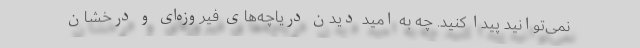
نمی‌توانید پیدا کنید. چه به امید دیدن دریاچه‌های فیروزه‌ای و درخشان